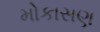
મોકાસણ